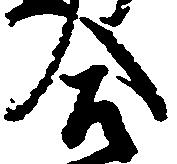
合